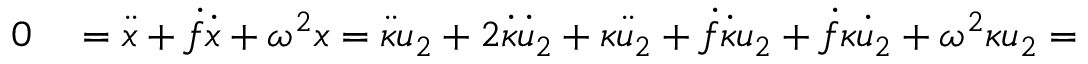
\begin{array} { r l } { 0 } & { { } = \ddot { x } + \dot { f } \dot { x } + \omega ^ { 2 } x = \ddot { \kappa } u _ { 2 } + 2 \dot { \kappa } \dot { u } _ { 2 } + \kappa \ddot { u } _ { 2 } + \dot { f } \dot { \kappa } u _ { 2 } + \dot { f } \kappa \dot { u } _ { 2 } + \omega ^ { 2 } \kappa u _ { 2 } = } \end{array}